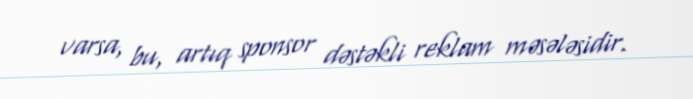
varsa, bu, artıq sponsor dəstəkli reklam məsələsidir.